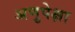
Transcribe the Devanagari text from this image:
अणुपेक्षा